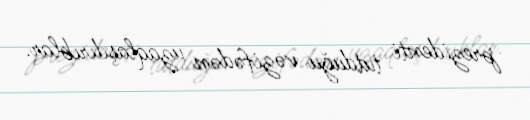
prezidenti tutduğu vəzifədən uzaqlaşdırıblar.